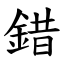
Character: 錯